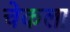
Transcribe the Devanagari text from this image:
चेकला